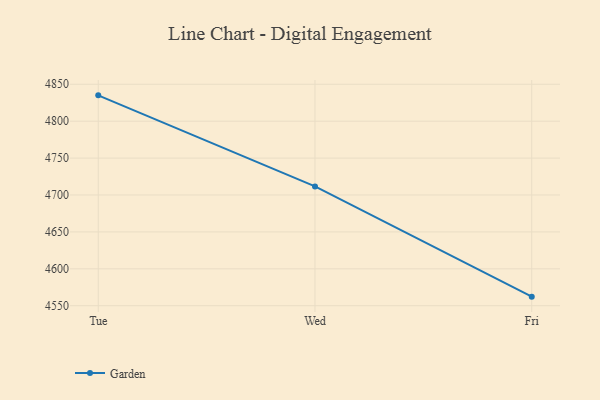
{"axis": {"x": "Day", "y": "Budget (USD K)"}, "legend": ["Garden"], "data": [{"x": "Tue", "y": 4835.0, "type": "Garden"}, {"x": "Wed", "y": 4711.6, "type": "Garden"}, {"x": "Fri", "y": 4562.3, "type": "Garden"}]}